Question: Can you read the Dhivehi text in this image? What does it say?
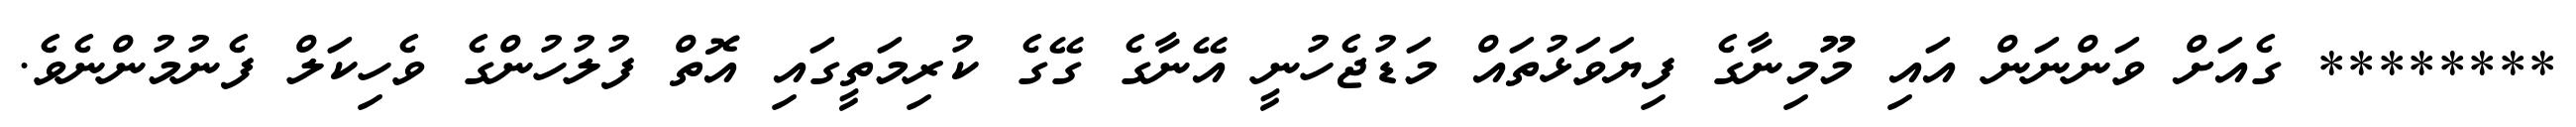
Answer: ******** ގެއަށް ވަންނަން އައި މޫމިނާގެ ފިޔަވަޅުތައް މަޑުޖެހުނީ އޭނާގެ ގޭގެ ކުރިމަތީގައި އޮތް ފުލުހުންގެ ވެހިކަލް ފެނުމުންނެވެ.